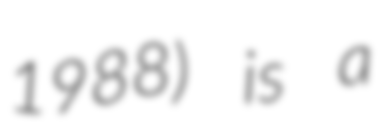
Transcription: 1988) is a